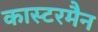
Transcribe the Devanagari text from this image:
कास्टरमैन